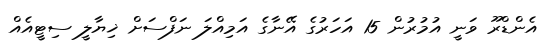
އެންޑްރޫ ވަނީ އުމުރުން 15 އަހަރުގެ އޭނާގެ އަމިއްލަ ނަފްސަށް ޚިޔާލީ ސިޓީއެއް